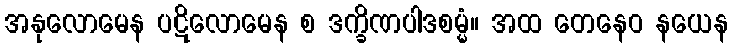
အနုလောမေန ပဋိလောမေန စ ဒက္ခိဏပါဒစမ္မံ။ အထ တေနေဝ နယေန